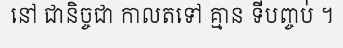
នៅ ជានិច្ចជា កាលតទៅ គ្មាន ទីបញ្ចប់់ ។